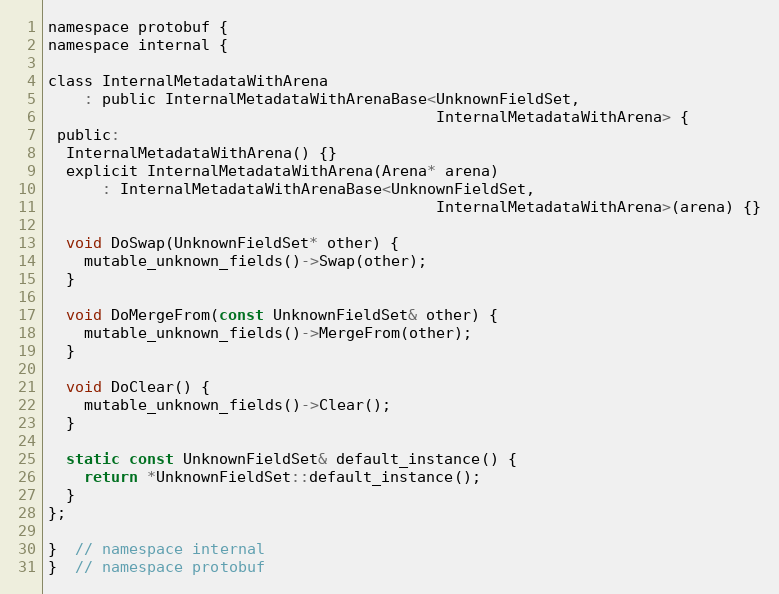
Language: C
namespace protobuf {
namespace internal {

class InternalMetadataWithArena
    : public InternalMetadataWithArenaBase<UnknownFieldSet,
                                           InternalMetadataWithArena> {
 public:
  InternalMetadataWithArena() {}
  explicit InternalMetadataWithArena(Arena* arena)
      : InternalMetadataWithArenaBase<UnknownFieldSet,
                                           InternalMetadataWithArena>(arena) {}

  void DoSwap(UnknownFieldSet* other) {
    mutable_unknown_fields()->Swap(other);
  }

  void DoMergeFrom(const UnknownFieldSet& other) {
    mutable_unknown_fields()->MergeFrom(other);
  }

  void DoClear() {
    mutable_unknown_fields()->Clear();
  }

  static const UnknownFieldSet& default_instance() {
    return *UnknownFieldSet::default_instance();
  }
};

}  // namespace internal
}  // namespace protobuf